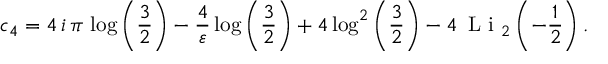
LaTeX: c _ { 4 } = 4 \, i \, \pi \, \log \left( \frac { 3 } { 2 } \right) - \frac { 4 } { \varepsilon } \log \left( \frac { 3 } { 2 } \right) + 4 \log ^ { 2 } \left( \frac { 3 } { 2 } \right) - 4 \, \textup { L i } _ { 2 } \left( - \frac { 1 } { 2 } \right) .